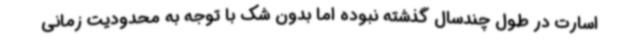
اسارت در طول چندسال گذشته نبوده اما بدون شک با توجه به محدودیت زمانی